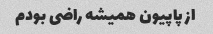
از پاپیون همیشه راضی بودم